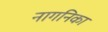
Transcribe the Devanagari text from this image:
नागनिका